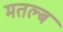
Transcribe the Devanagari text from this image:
मतल्ब